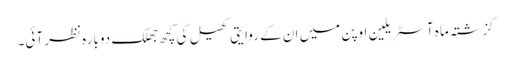
گزشتہ ماہ آسٹریلین اوپن میں ان کے روایتی کھیل کی کچھ جھلک دوبارہ نظر آئی۔